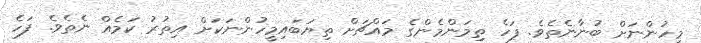
މީހުންނަށް ބުނާނެތެވެ. ފަހެ ތިމަންމެންގެ މައްޗަށް ތިޔަބައިމީހުންނަކަށް އިތުރު ކަމެއް ނެތެވެ. ފަހެ